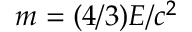
m = ( 4 / 3 ) E / c ^ { 2 }